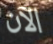
الآن